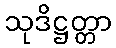
သုဒိဋ္ဌတ္တာ